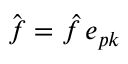
\hat { \boldsymbol { f } } = \hat { f } \, \boldsymbol { e } _ { p \boldsymbol { k } }